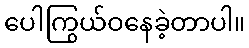
ပေါကြွယ်ဝနေခဲ့တာပါ။